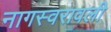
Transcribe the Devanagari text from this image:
नागस्वरावली